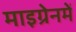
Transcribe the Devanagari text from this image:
माइग्रेनमें